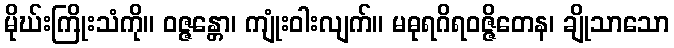
မိုဃ်းကြိုးသံကို။ ဝဇ္ဇန္တော၊ ကျုံးဝါးလျက်။ မဓုရဂိရဝဇ္ဇိတေန၊ ချိုသာသော